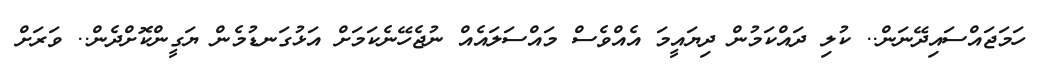
ހަމަޖައްސައިދޭނަން.. ކުލި ދައްކަމުން ދިޔައީމަ އެއްވެސް މައްސަލައެއް ނުޖެހޭނެކަމަށް އަޅުގަނޑުމެން ޔަގީންކޮށްދެން.. ވަރަށް